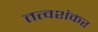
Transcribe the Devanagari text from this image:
तत्वशंकर